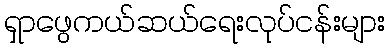
ရှာဖွေကယ်ဆယ်ရေးလုပ်ငန်းများ